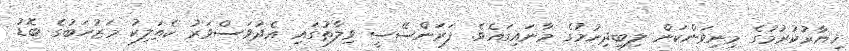
ޚިޔާރުކުރުމުގެ މިނިވަންކަން ލިބިދިނުމުގެ މާނައިގައެވެ. ފަރަންސޭސީ ވިލާތުގައި އެދުވަސްވަރު ކެތަލިކު މަޒުހަބުގެ ބޮޑު